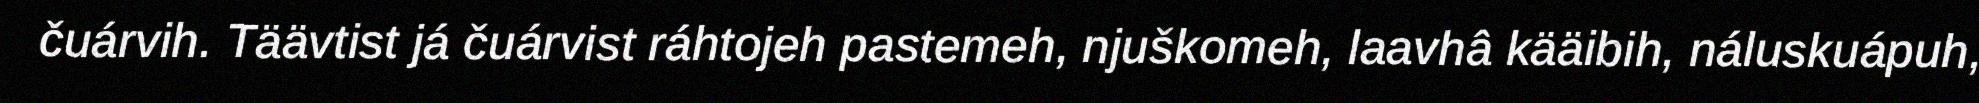
čuárvih. Täävtist já čuárvist ráhtojeh pastemeh, njuškomeh, laavhâ kääibih, náluskuápuh,